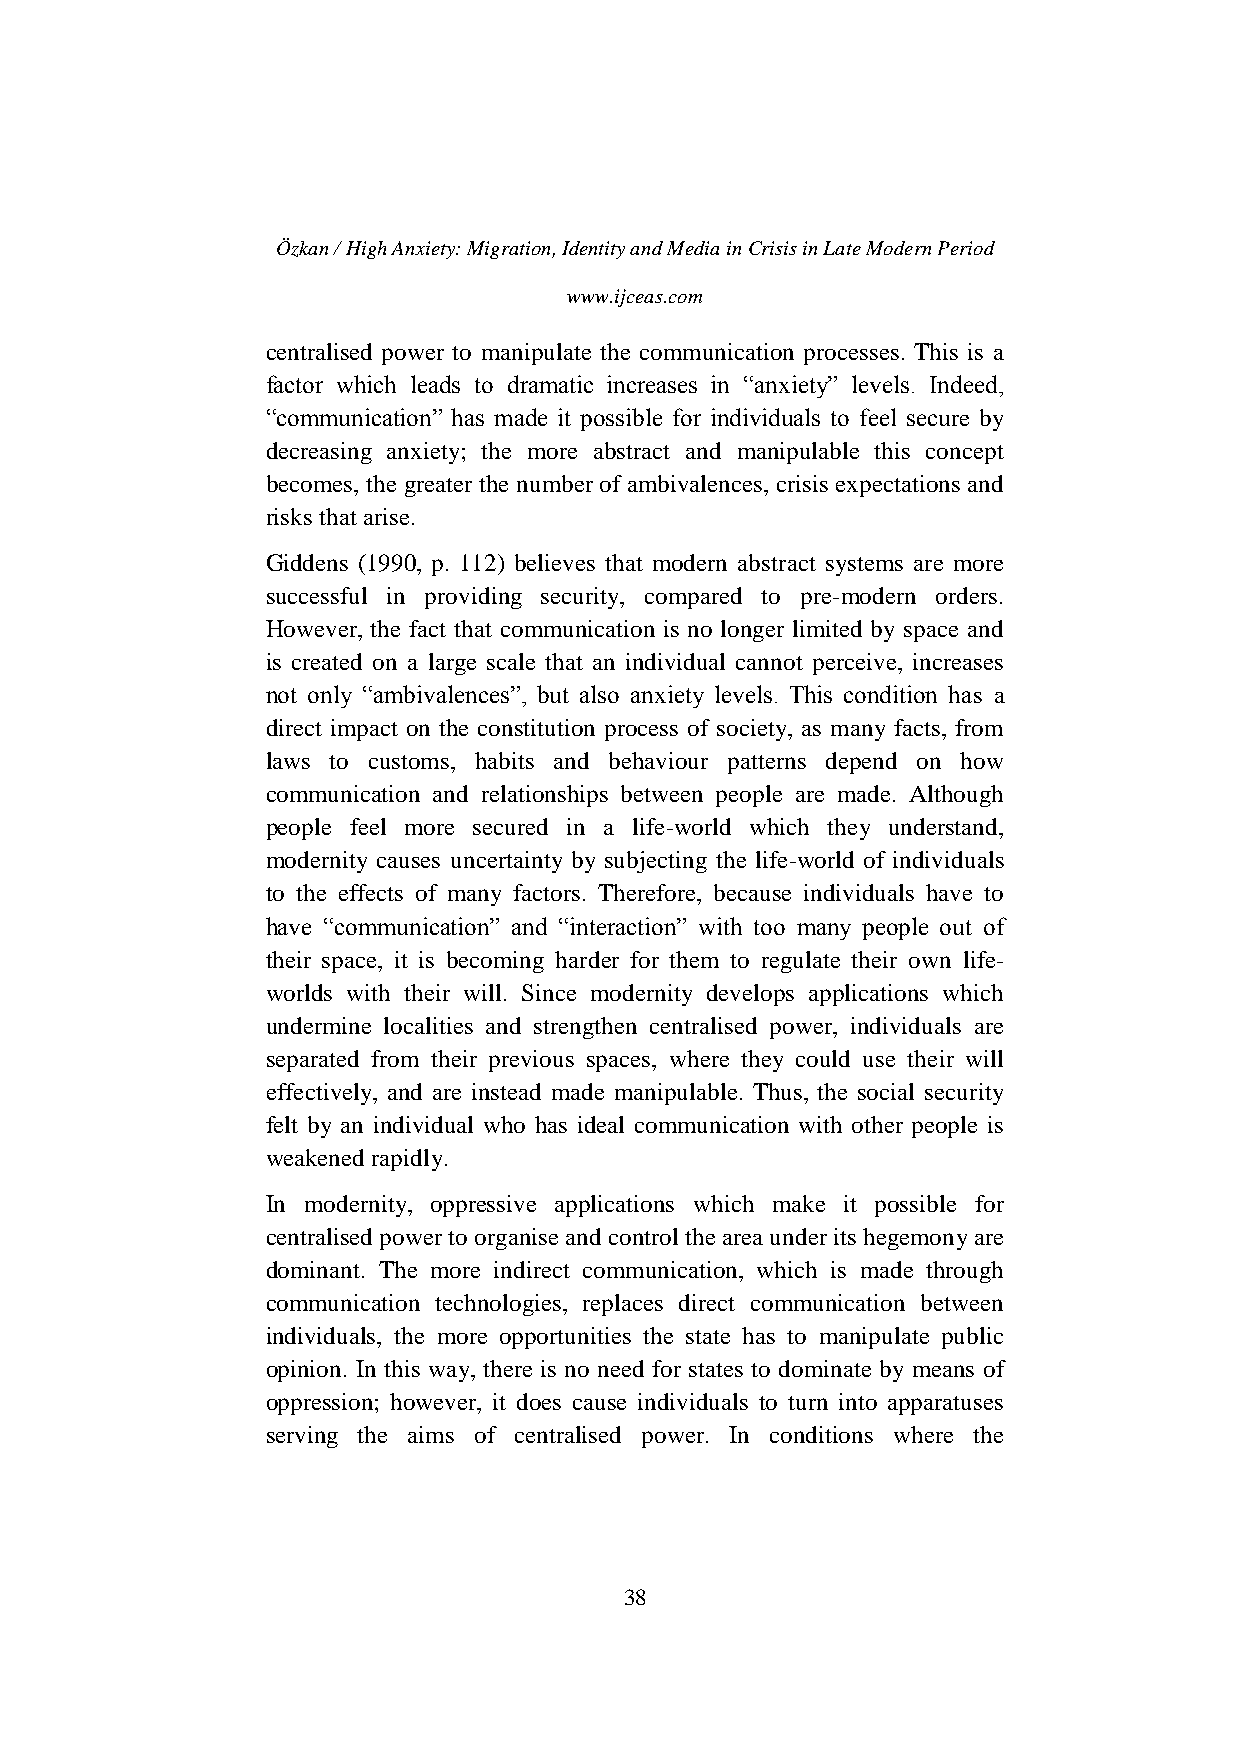
Özkan / High Anxiety: Migration, Identity and Media in Crisis in Late Modern Period
 www.ijceas.com
 centralised power to manipulate the communication processes. This is a
 factor which leads to dramatic increases in “anxiety” levels. Indeed,
 “communication” has made it possible for individuals to feel secure by
 decreasing anxiety; the more abstract and manipulable this concept
 becomes, the greater the number of ambivalences, crisis expectations and
 risks that arise.
 Giddens (1990, p. 112) believes that modern abstract systems are more
 successful in providing security, compared to pre-modern orders.
 However, the fact that communication is no longer limited by space and
 is created on a large scale that an individual cannot perceive, increases
 not only “ambivalences”, but also anxiety levels. This condition has a
 direct impact on the constitution process of society, as many facts, from
 laws to customs, habits and behaviour patterns depend on how
 communication and relationships between people are made. Although
 people feel more secured in a life-world which they understand,
 modernity causes uncertainty by subjecting the life-world of individuals
 to the effects of many factors. Therefore, because individuals have to
 have “communication” and “interaction” with too many people out of
 their space, it is becoming harder for them to regulate their own life-
 worlds with their will. Since modernity develops applications which
 undermine localities and strengthen centralised power, individuals are
 separated from their previous spaces, where they could use their will
 effectively, and are instead made manipulable. Thus, the social security
 felt by an individual who has ideal communication with other people is
 weakened rapidly.
 In modernity, oppressive applications which make it possible for
 centralised power to organise and control the area under its hegemony are
 dominant. The more indirect communication, which is made through
 communication technologies, replaces direct communication between
 individuals, the more opportunities the state has to manipulate public
 opinion. In this way, there is no need for states to dominate by means of
 oppression; however, it does cause individuals to turn into apparatuses
 serving the aims of centralised power. In conditions where the
 38